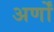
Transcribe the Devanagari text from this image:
अर्णों